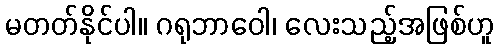
မတတ်နိုင်ပါ။ ဂရုဘာဝေါ၊ လေးသည့်အဖြစ်ဟူ